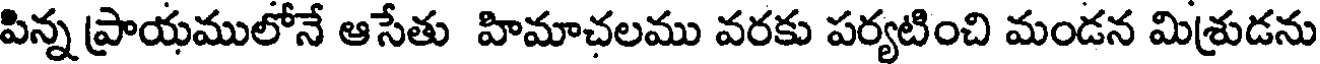
పిన్న ప్రాయములోనే ఆసేతు హిమాచలము వరకు పర్యటించి మండన మిశ్రుడను